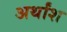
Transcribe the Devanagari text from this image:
अर्थांश